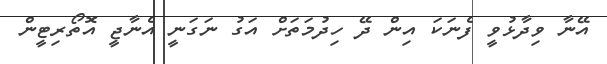
އޭނާ ވިދާޅުވީ ފެނަކަ އިން ދޭ ހިދުމަތަށް އަގު ނަގަނީ އެނާޖީ އޮތޯރިޓީން